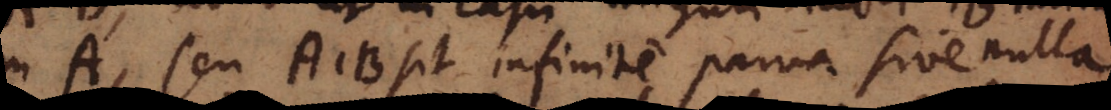
in A, seu A1B sit infinite parva sive nulla